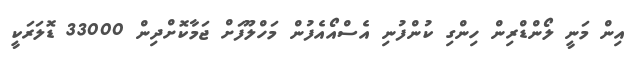
އިން މަނީ ލޯންޑްރިން ހިންގި ކުންފުނި އެސްއޯއެފުން މަހްލޫފަށް ޖަމާކޮށްދިން 33000 ޑޮލަރަކީ